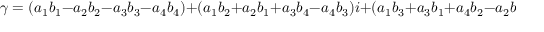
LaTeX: \gamma = ( a _ { 1 } b _ { 1 } - a _ { 2 } b _ { 2 } - a _ { 3 } b _ { 3 } - a _ { 4 } b _ { 4 } ) + ( a _ { 1 } b _ { 2 } + a _ { 2 } b _ { 1 } + a _ { 3 } b _ { 4 } - a _ { 4 } b _ { 3 } ) i + ( a _ { 1 } b _ { 3 } + a _ { 3 } b _ { 1 } + a _ { 4 } b _ { 2 } - a _ { 2 } b _ { 4 } ) j + ( a _ { 1 } b _ { 4 } + a _ { 4 } b _ { 1 } + a _ { 2 } b _ { 3 } - a _ { 3 } b _ { 2 } ) k .